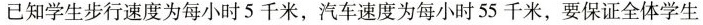
已知学生步行速度为每小时5千米，汽车速度为每小时55千米，要保证全体学生